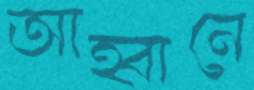
আহ্বানে